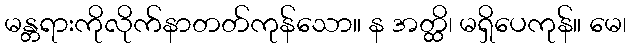
မန္တရားကိုလိုက်နာတတ်ကုန်သော။ န အတ္ထိ၊ မရှိပေကုန်။ မေ၊